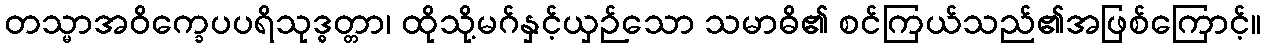
တသ္မာအဝိက္ခေပပရိသုဒ္ဓတ္တာ၊ ထိုသို့မဂ်နှင့်ယှဉ်သော သမာဓိ၏ စင်ကြယ်သည်၏အဖြစ်ကြောင့်။